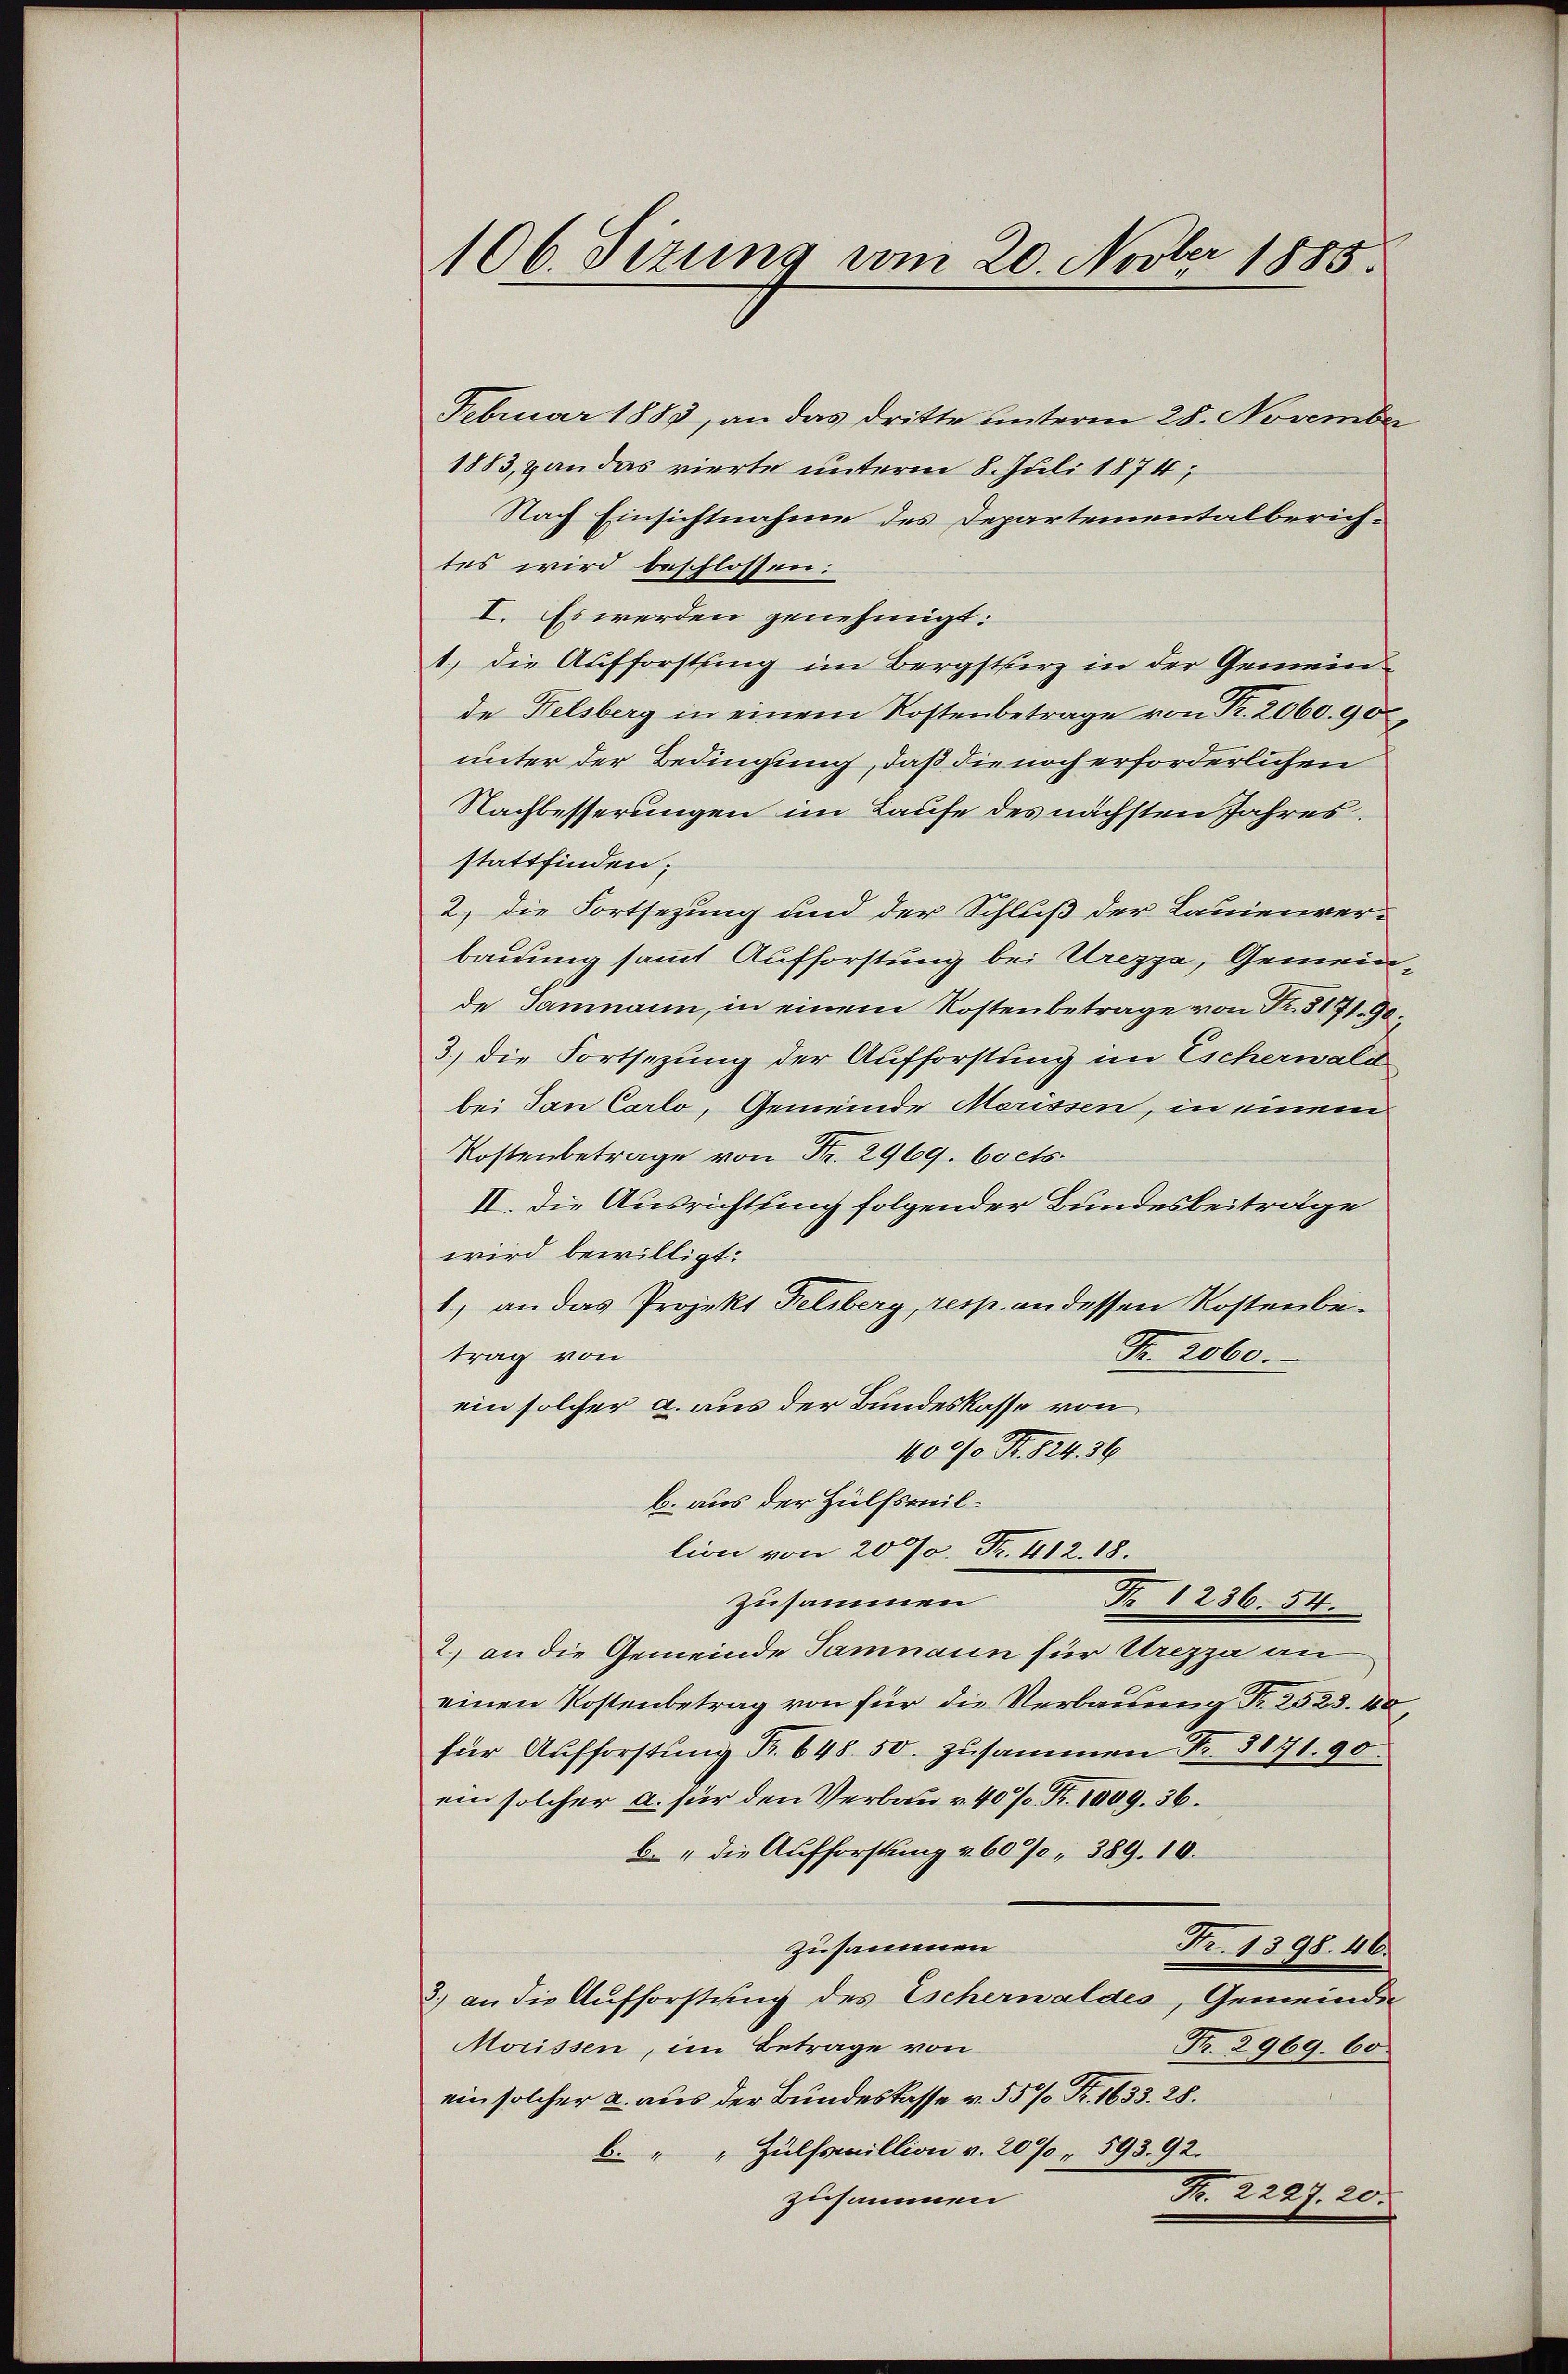
106. Sizung vom 20. Novber 1885.

Februar 1883, an das dritte unterm 28. November
1883, & an das vierte unterm 8. Juli 1874,
Nach Einsichtnahme des Departementalberich-
tes wird beschlossen:
I. Es werden genehmigt:
1) die Aufforstung im Bergstherz in der Gemeinde Felsberg in einem Kostenbetrage von Fr. 2060. 90
unter der Bedingung, daß die noch erforderlichen
Nachbesserungen im Laufe des nächsten Jahres.
stattfinden;
2) die Fortsezung und der Schluß der Lauienver-
bauung sammt Aufforstung bei Urezza, Gemeinde Jammann, in einem Kostenbetrage von Fr. 3171. 90
3.) Die Fortsezung der Aufforstung im Eicherwald
bei dan Carlo, Gemeinde Merissen, in einem
Kostenbetrage von Fr. 2969. 60 cts.
II. Die Ausrichtung folgender Bundesbeiträge
wird bewilligt:
1.) an das Projekt Felsberg, resp. an dessen Kostenbe¬
Fr. 2060.
trag von
ein solcher a. aus der Bundeskasse von
100/0 Rt. 824. 39
b. aus der Hülfsmillion von 2000. Fr. 412. 18.
Nr. 1236. 54.
zusammen
2.) an die Gemeinde Samnaun für Urezza an
einen Kostenbetrag von für die Verbauung Nr. 2523. 40,
für Aufforstŭng Fr. 648. 50. zŭsammen Fr. 3171. 90.
ein solcher a. für den Verbau u. 40% Fr. 1009. 36.
b. " die Aufforstung u. 6000, 389. 10.
zusammen
Fr. 1398. 46.
3.) an die Aufforstung des Escherwaldes, Gemeinder
Mouissen, im Betrage von
Pr. 2969. 60
ein solcher a. aus der Bundeskasse v. 55 % Pr. 1633. 28.
b. " " Hülfsmillion v. 20%, 593. 92.
Nr. 2227. 20.
zusammen